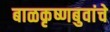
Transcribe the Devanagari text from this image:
बाळकृष्णबुवांचे